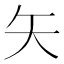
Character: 矢